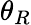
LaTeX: \theta_{R}